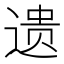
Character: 遗